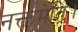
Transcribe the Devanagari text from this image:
नक्तमेति।